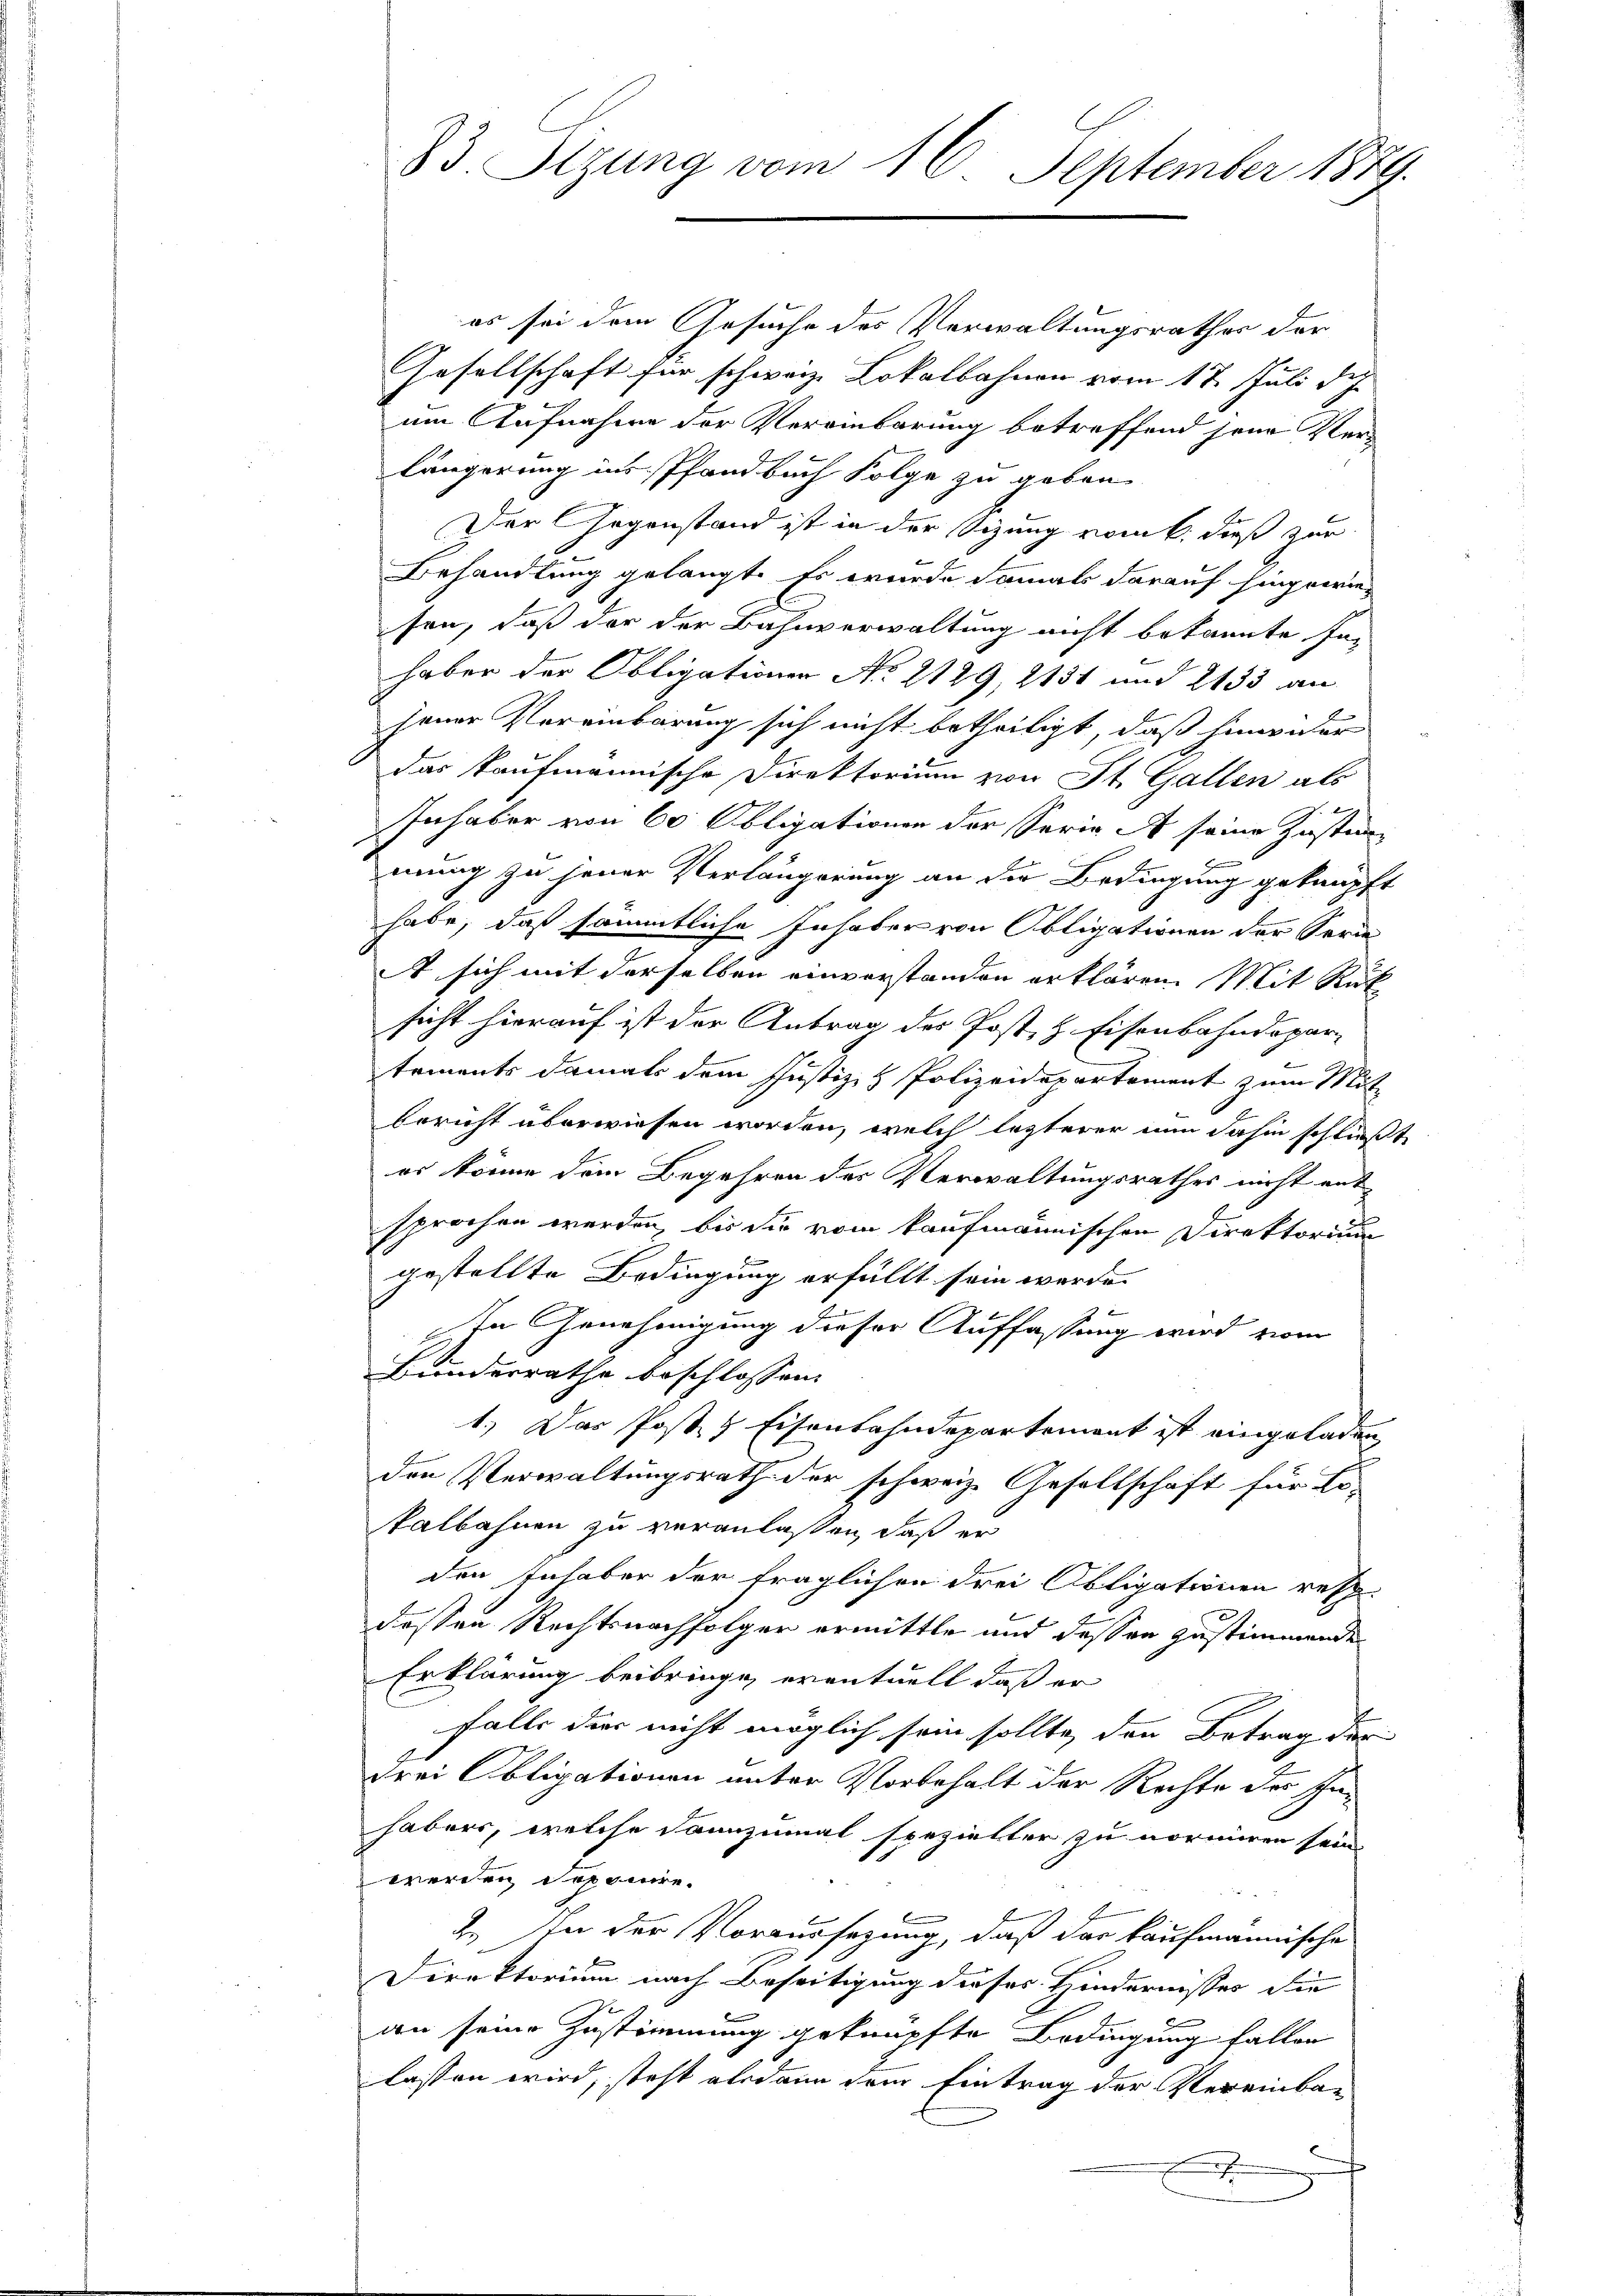
es sei dem Gesuche des Verwaltungsrathes der
Gesellschaft für schweiz. Lokalbahnen vom 17. Juli dich
um Aufnahme der Vereinbarung betreffend jene Verlängerung ins Pfandbuch Folge zu geben.
Der Gegenstand ist in der Sizung vom 6. dieß zur
Behandlung gelangt. Es wurde damals darauf hingewie-
sen, daß der der Bahnverwaltung nicht bekannte Inhaber der Obligationen No 2129, 2131 und 2133 an
jener Vereinbarung sich nicht betheiligt, daß hinwier
das kaufmannische Direktorium von St. Gallen als
Inhaber von 60 Obligationen der Serie A seine Zustimmung zu jener Verlängerung an die Bedingung geknüpft
habe, daß sämmtliche Inhaber von Obligationen der Serie
t sich mit derselben einverstanden erklären. Mit Rük
sicht hierauf ist der Antrag des Post, z. Eisenbahndepar-
tements damals dem Justiz- & Polizeidepartement zum Mitbericht überwiesen worden, welch lezterer nun dahin schließt
es könne dem Begehren des Verwaltungsrathes nicht entsprochen werden, bis die vom kaufmännischen Direktorium
gestellte Bedingung erfüllt sein werde.
In Genehmigung dieser Auffassung wird vom
Bundesrathe beschlossen:
1) Das Post- & Eisenbahndepartement ist eingeladen
t
den Verwaltungsrath der schweiz. Gesellschaft für Lo-
kalbahnen zu veranlassen, daß er
den Inhaber der fraglichen drei Obligationen resp.
deßen Rechtsnachfolger ermittle und dessen zustimmenden
Erklärung beibringe, eventuell daß er
falls die nicht möglich sein sollte, den Betrag der
drei Obligationen unter Vorbehalt der Rechte des Inhabers, welche dannzumal spezielter zu normiren sein
werden deponire.
2. In der Voraussagung, daß das kaufmannische
Direktorium nach Beseitigung dieses Hindernisses die
an seine Zustimmung geknüpfte Bedingung fallen
lassen wird, steht alsdann dem Eintrag der Vereinbar

83 Sizung vom 16. September 1889.